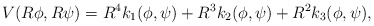
\begin{align*}V(R\phi,R\psi)=R^4k_1(\phi,\psi)+R^3k_2(\phi,\psi) + R^2k_3(\phi,\psi),\end{align*}